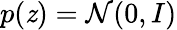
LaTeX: p(\mathit{z})=\mathcal{{N}}(0,I)